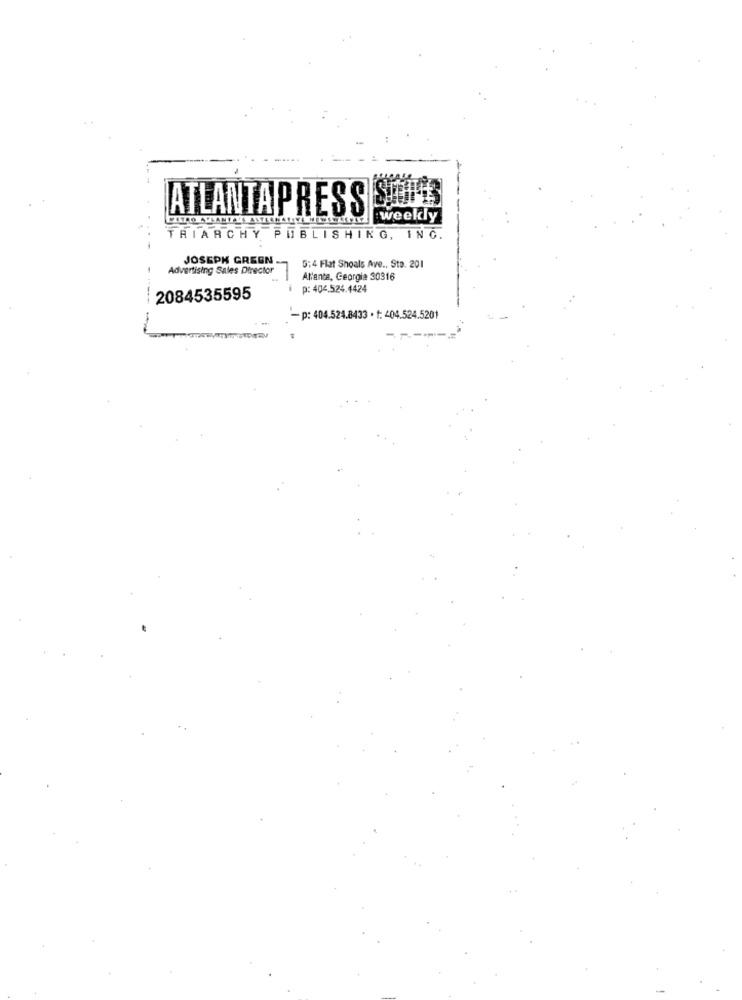
ATLANTAPRESS
weekly
TRIARCHY PUBLISHING, INC.
JOSEPH GREGN.
Advertising Sales Director
5:4 Flat Shoals Ave ., Sta. 201
Atlanta, Georgia 30316
p: 404.524.4424
2084535595
'- p: 404.524.8433 . f: 404.524.5201